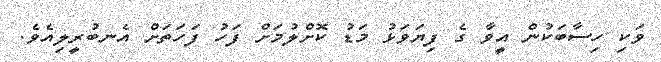
ވަކި ހިސާބަކުން އީވާ ގެ ފިޔަވަޅު މަޑު ކޮށްލުމަށް ފަހު ފަހަތަށް އެނބުރީލިއެވެ.